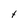
Character: t